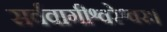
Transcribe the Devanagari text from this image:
सर्ववागीश्वरेश्वरः।